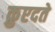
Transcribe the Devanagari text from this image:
क़ुएदते